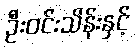
ဦးဝင်းသိန်းနှင့်